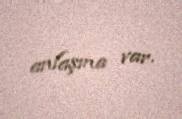
anlaşma var.